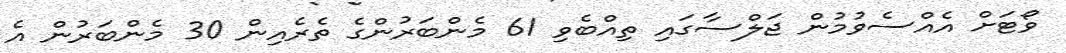
ވޯޓަށް އެއްސެވުމުން ޖަލްސާގައި ތިއްބެވި 61 މެންބަރުންގެ ތެރެއިން 30 މެންބަރުން އެ